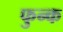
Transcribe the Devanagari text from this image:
फुन्क